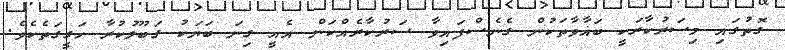
ގޮތުގައި މިސަރުކާރަކީ ބަޣާވާތަކުން ގެނެސްފައިވާ ސަރުކާރެއްކަން އެއީ ގިނަ ބަޔަކު ގަބޫލުކުރާ ހަގީގަތެކެވެ.